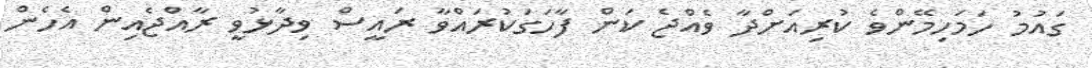
ގައުމު ހަމަހިމޭންވެ ކުރިއަށްދާ ވެއްޖެ ކަަން ފާހަގަކުރައްވާ ރައީސް ވިދާޅުވީ ރާއްޖެއިން އެހެން